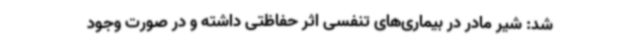
شد: شیر مادر در بیماری‌های تنفسی اثر حفاظتی داشته و در صورت وجود